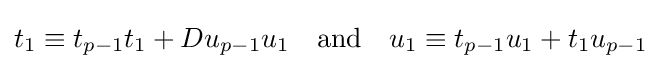
t_{1}\equiv t_{p-1}t_{1}+Du_{p-1}u_{1}\quad {\mbox{and}}\quad u_{1}\equiv t_{p-1}u_{1}+t_{1}u_{p-1}